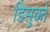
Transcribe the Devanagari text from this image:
डिसुको